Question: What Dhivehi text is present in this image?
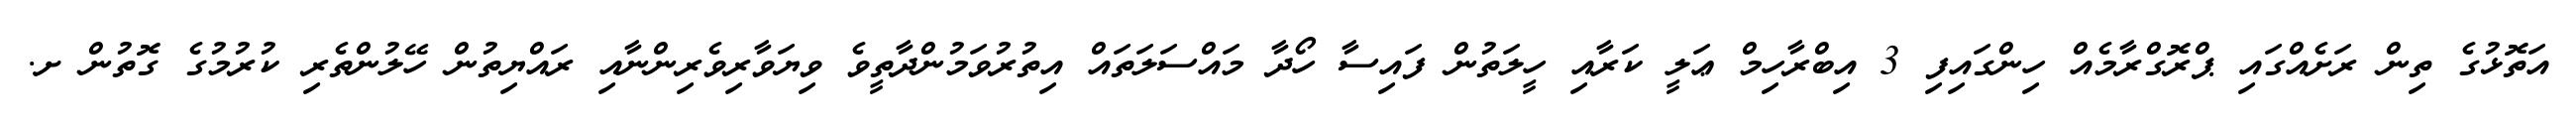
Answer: އަތޮޅުގެ ތިން ރަށެއްގައި ޕްރޮގްރާމެއް ހިންގައިފި 3 އިބްރާހިމް ޢަލީ ކަރާއި ހީލަތުން ފައިސާ ހޯދާ މައްސަލަތައް އިތުރުވަމުންދާތީވެ ވިޔަވާރިވެރިންނާއި ރައްޔިތުން ހޭލުންތެރި ކުރުމުގެ ގޮތުން ށ.